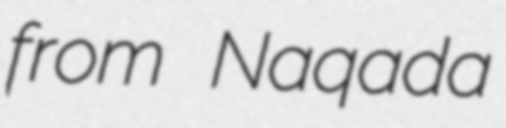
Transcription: from Naqada